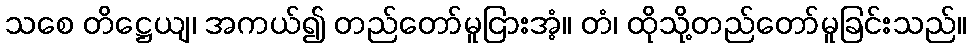
သစေ တိဋ္ဌေယျ၊ အကယ်၍ တည်တော်မူငြားအံ့။ တံ၊ ထိုသို့တည်တော်မူခြင်းသည်။